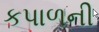
કપાળની